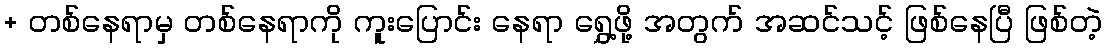
+ တစ်နေရာမှ တစ်နေရာကို ကူးပြောင်း နေရာ ရွှေ့ဖို့ အတွက် အဆင်သင့် ဖြစ်နေပြီ ဖြစ်တဲ့